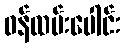
ဝန်ထမ်းပေါင်း